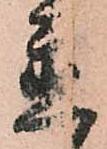
置